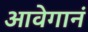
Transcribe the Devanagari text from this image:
आवेगानं